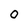
Character: O